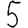
Digit: 5